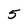
Character: 5